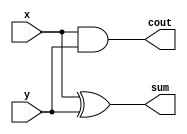
module halfAdder(input x,input y,output sum,output cout);

assign sum = x ^ y ;
assign cout = x&y;
endmodule